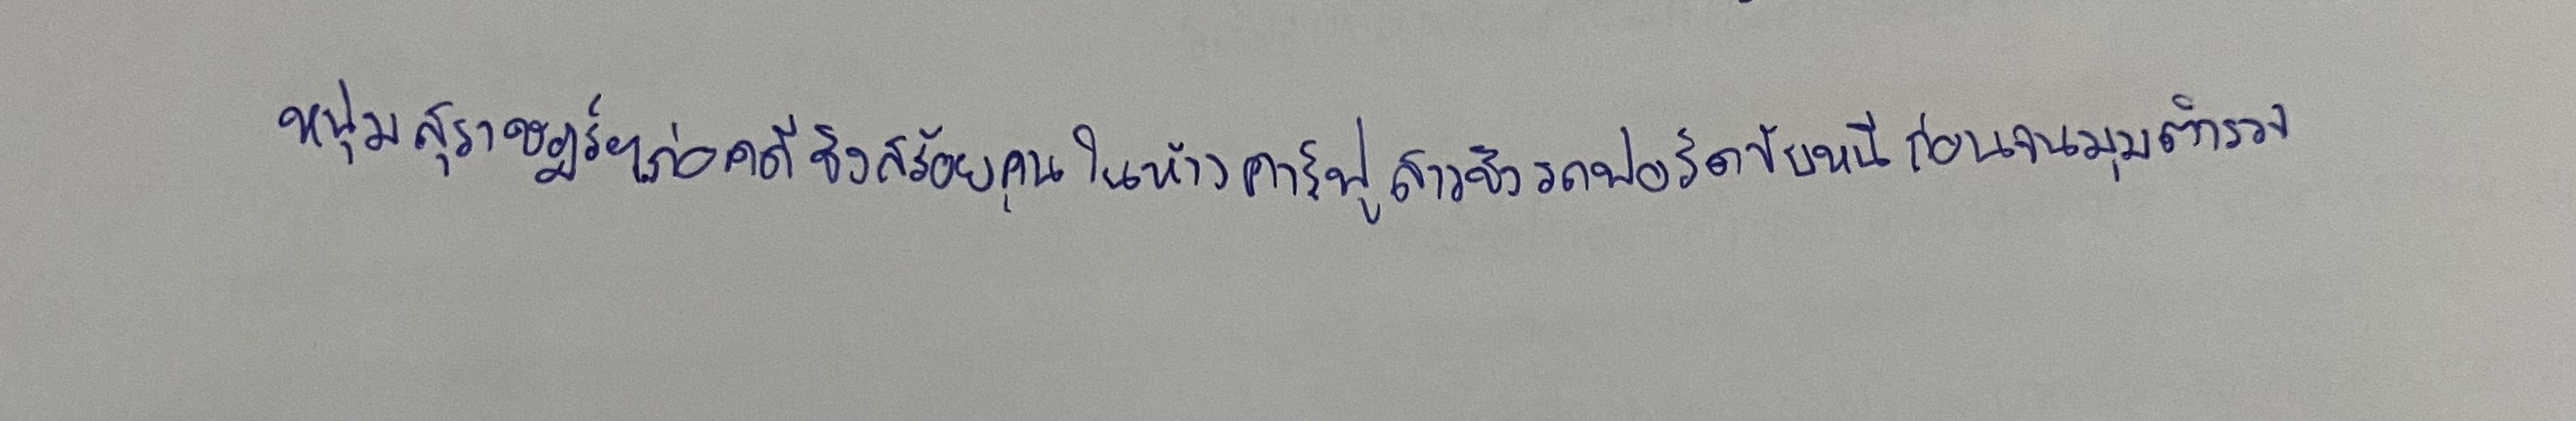
หนุ่มสุราษฏร์ฯก่อคดีชิงสร้อยคนในห้างคาร์ฟูสาวชิงรถฟอร์ดขับหนีก่อนจนมุมตำรวจ